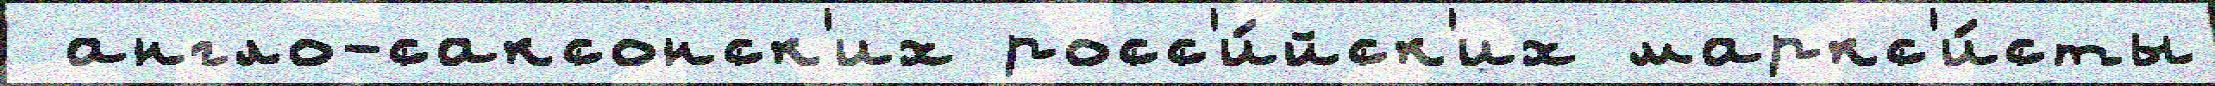
 англо-саксонск'их росс'и́йск'их маркс'и́сты